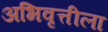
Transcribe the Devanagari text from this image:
अभिवृत्तीला